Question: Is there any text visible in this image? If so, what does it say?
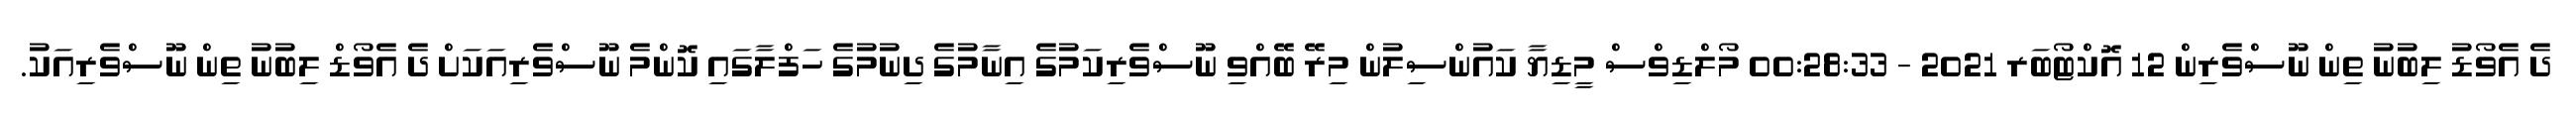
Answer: ދެ އެވޯޑު ލިބުނު ތިން ނޫސްވެރިން 12 އޮކްޓޯބަރ 2021 - 00:28:33 މޯލްޑިވްސް މީޑިޔާ ކައުންސިލުން މިރޭ ބޭއްވި ނޫސްވެރިކަމުގެ އިނާމުގެ ދިނުމުގެ ހަފްލާގައި ކޮންމެ ނޫސްވެރިއަކަށް ދެ އެވޯޑް ލިބުނު ތިން ނޫސްވެރިއަކު.